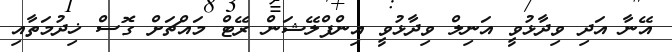
އޭނާ އަދި ވިދާޅުވީ އަނިލް ވިދާޅުވީ އިންފްލޭޝަން ރޭޓް މައްޗަށް ގޮސް ޚިދުމަތާއި